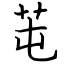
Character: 芚